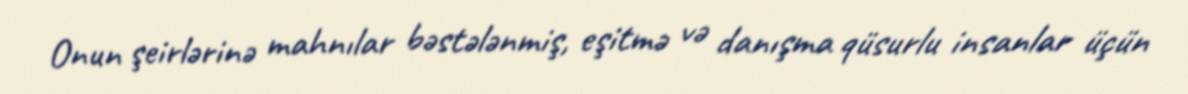
Onun şeirlərinə mahnılar bəstələnmiş, eşitmə və danışma qüsurlu insanlar üçün